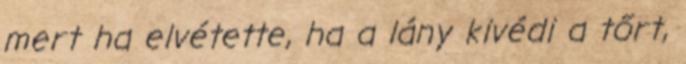
mert ha elvétette, ha a lány kivédi a tőrt,